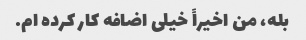
بله، من اخیراً خیلی اضافه کار کرده ام.